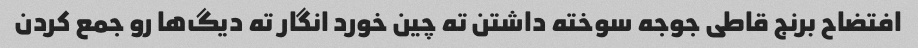
افتضاح برنج قاطی جوجه سوخته داشتن ته چین خورد انگار ته دیگ‌ها رو جمع کردن